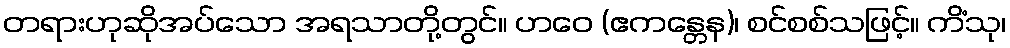
တရားဟုဆိုအပ်သော အရသာတို့တွင်။ ဟဝေ (ဧကန္တေန)၊ စင်စစ်သဖြင့်။ ကိံသု၊